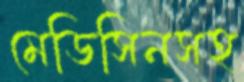
মেডিসিনসহ